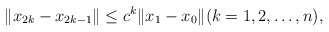
\begin{align*}\|x_{2k}-x_{2k-1}\|\le c^{k}\|x_{1}-x_{0}\|(k=1,2,\ldots, n),\end{align*}